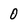
Character: 0